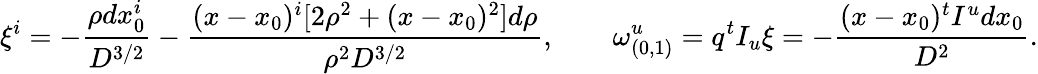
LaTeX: \xi^{i}=-{\frac{\rho dx_{0}^{i}}{D^{3/2}}}-{\frac{(x-x_{0})^{i}[2\rho^{2}+(x-x_{0})^{2}]d\rho}{\rho^{2}D^{3/2}}},\quad\quad\omega_{(0,1)}^{u}=q^{t}I_{u}\xi=-{\frac{(x-x_{0})^{t}I^{u}dx_{0}}{D^{2}}}.